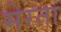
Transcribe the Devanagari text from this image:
मेरता